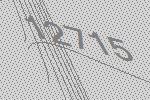
12715